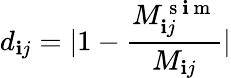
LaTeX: d_{\mathbf{i}j}=|1-\frac{{M_{\mathbf{i}j}^{\mathrm{{~s~\mathbf{i}~m~}}}}}{{M_{\mathbf{i}j}}}|